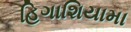
હિગાશિયામા